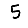
Digit: 5